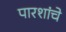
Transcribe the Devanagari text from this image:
पारशांचे